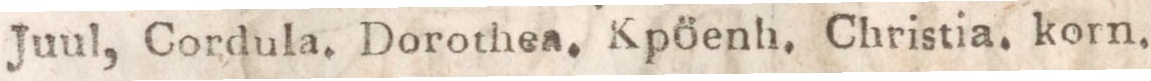
Juul, Cordula. Dorothea.     Kpöenh. Christia, korn.